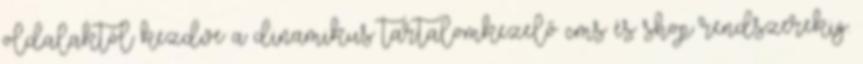
oldalaktól kezdve a dinamikus tartalomkezelő cms és shop rendszerekig.